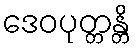
ဒေဝပုတ္တန္တိ